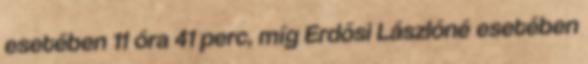
esetében 11 óra 41 perc, míg Erdősi Lászlóné esetében